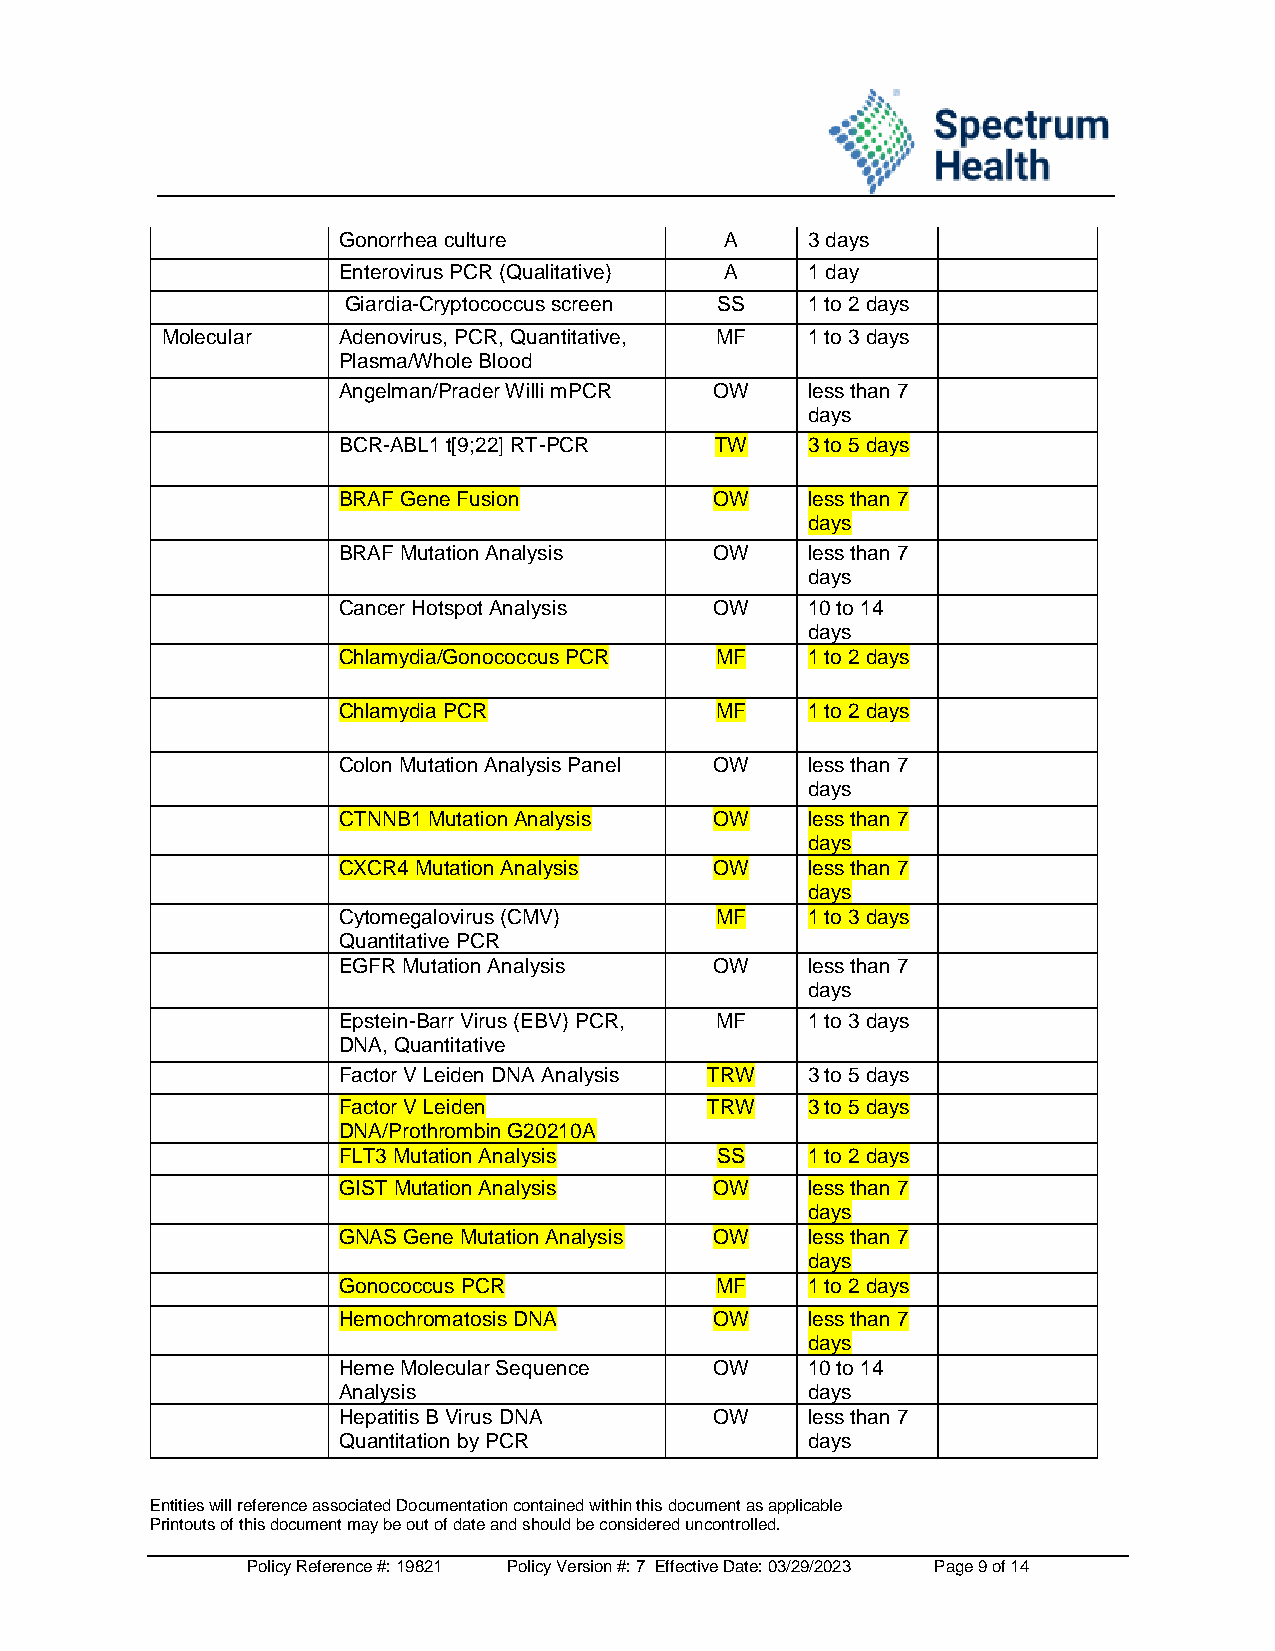
Gonorrhea culture         A     3 days
 Enterovirus PCR (Qualitative) A 1 day
 Giardia-Cryptococcus screen SS 1 to 2 days
 Molecular  Adenovirus, PCR, Quantitative, MF 1 to 3 days
 Plasma/Whole Blood
 Angelman/Prader Willi mPCR OW   less than 7
 days
 BCR-ABL1 t[9;22] RT-PCR  TW     3 to 5 days
 BRAF Gene Fusion         OW     less than 7
 days
 BRAF Mutation Analysis   OW     less than 7
 days
 Cancer Hotspot Analysis  OW     10 to 14
 days
 Chlamydia/Gonococcus PCR MF     1 to 2 days
 Chlamydia PCR            MF     1 to 2 days
 Colon Mutation Analysis Panel OW less than 7
 days
 CTNNB1 Mutation Analysis OW     less than 7
 days
 CXCR4 Mutation Analysis  OW     less than 7
 days
 Cytomegalovirus (CMV)    MF     1 to 3 days
 Quantitative PCR
 EGFR Mutation Analysis   OW     less than 7
 days
 Epstein-Barr Virus (EBV) PCR, MF 1 to 3 days
 DNA, Quantitative
 Factor V Leiden DNA Analysis TRW 3 to 5 days
 Factor V Leiden          TRW    3 to 5 days
 DNA/Prothrombin G20210A
 FLT3 Mutation Analysis   SS     1 to 2 days
 GIST Mutation Analysis   OW     less than 7
 days
 GNAS Gene Mutation Analysis OW  less than 7
 days
 Gonococcus PCR           MF     1 to 2 days
 Hemochromatosis DNA      OW     less than 7
 days
 Heme Molecular Sequence  OW     10 to 14
 Analysis                        days
 Hepatitis B Virus DNA    OW     less than 7
 Quantitation by PCR             days
 Entities will reference associated Documentation contained within this document as applicable
 Printouts of this document may be out of date and should be considered uncontrolled.
 Policy Reference #: 19821 Policy Version #: 7 Effective Date: 03/29/2023 Page 9 of 14